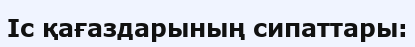
Іс қағаздарының сипаттары: